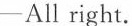
-All right.